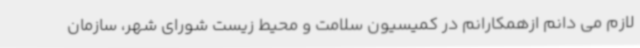
لازم می دانم ازهمکارانم در کمیسیون سلامت و محیط زیست شورای شهر، سازمان